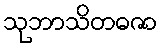
သုဘာသိတဓဇာ